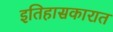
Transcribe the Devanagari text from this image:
इतिहासकारात